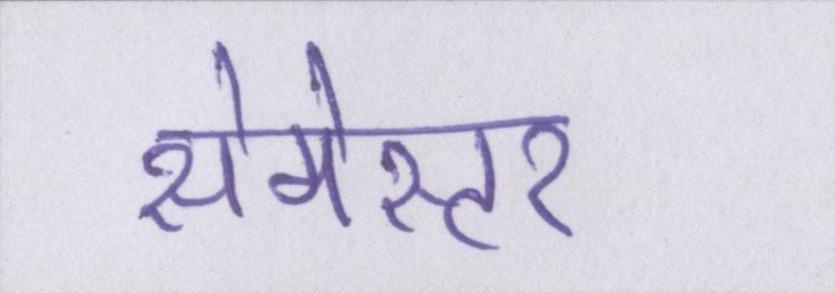
सेमेस्टर